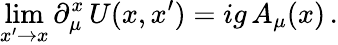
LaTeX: \operatorname*{lim}_{x^{\prime}\to x}\partial_{\mu}^{x}\, U(x,x^{\prime})=ig\, A_{\mu}(x)\, .